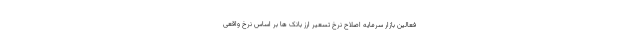
فعالین بازار سرمایه اصلاح نرخ تسعیر ارز بانک ها بر اساس نرخ واقعی